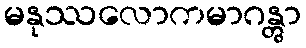
မနုဿလောကမာဂန္တွာ